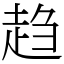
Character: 趋